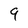
Character: 9